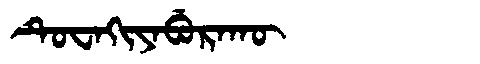
Manchu: ᡨᡠᠸᠠᡴᡳᠶᠠᠪᡠᡵᠠᡴᡡ
Romanization: TUWAKIYABURAKŪ